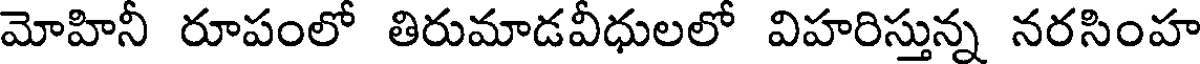
మోహినీ రూపంలో తిరుమాడవీధులలో విహరిస్తున్న నరసింహ